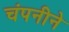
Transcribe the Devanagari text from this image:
चंपनीने